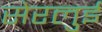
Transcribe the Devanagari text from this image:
सेरलुई